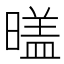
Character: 𣉼